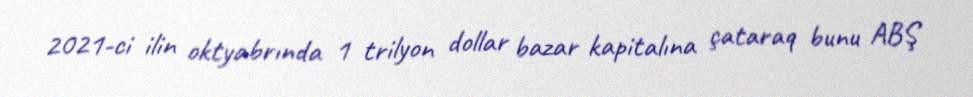
2021-ci ilin oktyabrında 1 trilyon dollar bazar kapitalına çataraq bunu ABŞ